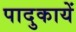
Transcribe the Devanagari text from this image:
पादुकायें